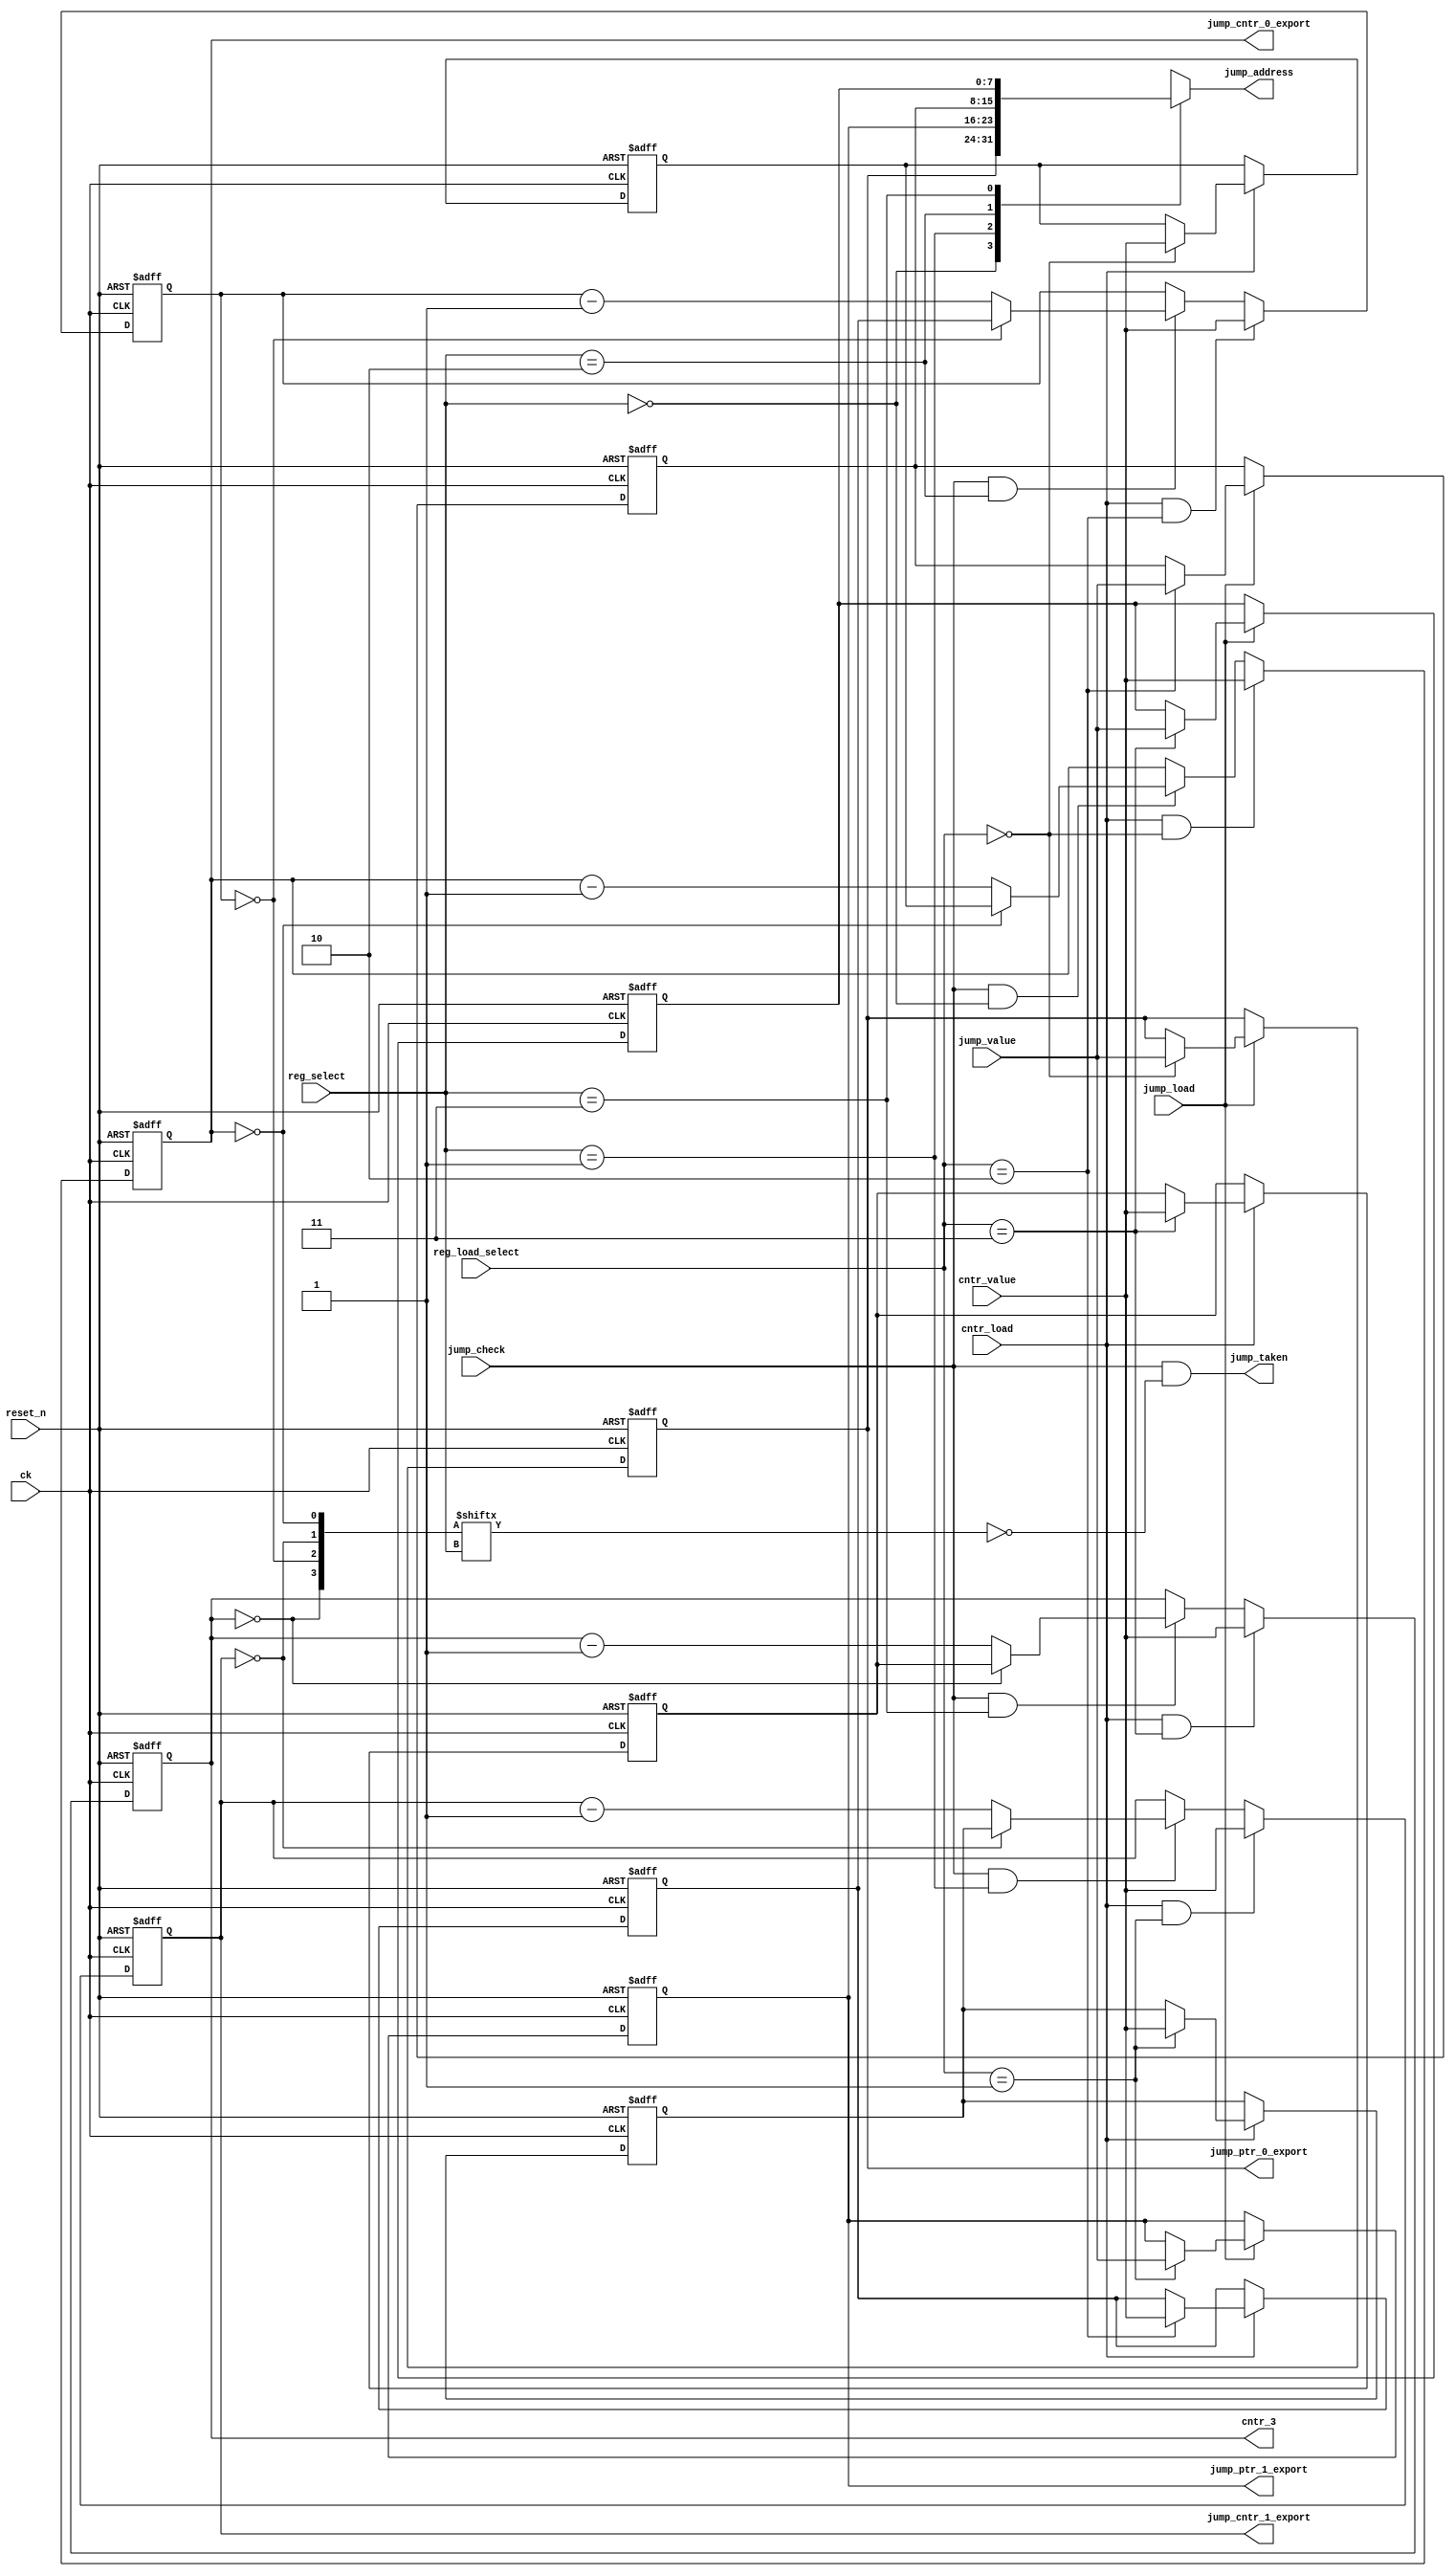
// (C) 2001-2016 Altera Corporation. All rights reserved.
// Your use of Altera Corporation's design tools, logic functions and other 
// software and tools, and its AMPP partner logic functions, and any output 
// files any of the foregoing (including device programming or simulation 
// files), and any associated documentation or information are expressly subject 
// to the terms and conditions of the Altera Program License Subscription 
// Agreement, Altera MegaCore Function License Agreement, or other applicable 
// license agreement, including, without limitation, that your use is for the 
// sole purpose of programming logic devices manufactured by Altera and sold by 
// Altera or its authorized distributors.  Please refer to the applicable 
// agreement for further details.


`timescale 1 ps / 1 ps

module rw_manager_jumplogic(
	ck,
	reset_n,
	cntr_value,
	cntr_load,
	reg_select,
	reg_load_select,
	jump_value,
	jump_load,
	jump_check,
	jump_taken,
	jump_address,
	cntr_3,



	jump_ptr_0_export, 	
	jump_ptr_1_export, 
	jump_cntr_0_export, 	
	jump_cntr_1_export 

);

	parameter DATA_WIDTH = 8;

	input ck;
	input reset_n;
	input [DATA_WIDTH-1:0] cntr_value;
	input cntr_load;
	input [1:0] reg_select;
	input [1:0] reg_load_select;
	input [DATA_WIDTH-1:0] jump_value;
	input jump_load;
	input jump_check;
	output jump_taken;
	output [DATA_WIDTH-1:0] jump_address;
	output [DATA_WIDTH-1:0] cntr_3;


	output	[7:0] jump_ptr_0_export; 	
	output  [7:0] jump_ptr_1_export; 
	output  [7:0] jump_cntr_0_export; 	
	output  [7:0] jump_cntr_1_export;

	reg [7:0] cntr [0:3];
	reg [7:0] cntr_shadow [0:3];
	reg [7:0] jump_pointers [0:3];

	assign jump_ptr_0_export = jump_pointers [0];
 	assign jump_ptr_1_export = jump_pointers [1];
	assign jump_cntr_0_export = cntr [0];
 	assign jump_cntr_1_export = cntr [1];

	wire [3:0] comparisons;

	assign jump_address = jump_pointers[reg_select];

	assign jump_taken = (jump_check & ~comparisons[reg_select]);

	assign cntr_3 = cntr[3];

	genvar c;
	generate
		for(c = 0; c < 4; c = c + 1) 
		begin : jumpcounter

			assign comparisons[c] = (cntr[c] == {DATA_WIDTH{1'b0}});
		
			always @(posedge ck or negedge reset_n) begin
				if(~reset_n) begin
					cntr[c] <= {DATA_WIDTH{1'b0}};
				end
				else if (cntr_load && reg_load_select == c) begin
					cntr[c] <= cntr_value;
				end
				else if (jump_check && reg_select == c) begin
					cntr[c] <= (comparisons[c]) ? cntr_shadow[c] : cntr[c] - 1'b1;
				end
			end
		end
	endgenerate

	always @(posedge ck or negedge reset_n) begin
		if(~reset_n) begin
			jump_pointers[0] <= {DATA_WIDTH{1'b0}};
			jump_pointers[1] <= {DATA_WIDTH{1'b0}};
			jump_pointers[2] <= {DATA_WIDTH{1'b0}};
			jump_pointers[3] <= {DATA_WIDTH{1'b0}};

			cntr_shadow[0] <= {DATA_WIDTH{1'b0}};
			cntr_shadow[1] <= {DATA_WIDTH{1'b0}};
			cntr_shadow[2] <= {DATA_WIDTH{1'b0}};
			cntr_shadow[3] <= {DATA_WIDTH{1'b0}};
		end
		else begin
			if(jump_load) begin
				jump_pointers[0] <= (reg_load_select == 2'b00)? jump_value : jump_pointers[0];
				jump_pointers[1] <= (reg_load_select == 2'b01)? jump_value : jump_pointers[1];
				jump_pointers[2] <= (reg_load_select == 2'b10)? jump_value : jump_pointers[2];
				jump_pointers[3] <= (reg_load_select == 2'b11)? jump_value : jump_pointers[3];
			end

			if(cntr_load) begin
				cntr_shadow[0] <= (reg_load_select == 2'b00)? cntr_value : cntr_shadow[0];
				cntr_shadow[1] <= (reg_load_select == 2'b01)? cntr_value : cntr_shadow[1];
				cntr_shadow[2] <= (reg_load_select == 2'b10)? cntr_value : cntr_shadow[2];
				cntr_shadow[3] <= (reg_load_select == 2'b11)? cntr_value : cntr_shadow[3];
			end
		end
	end

endmodule